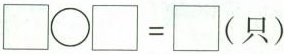
$$\Box \bigcirc \Box = \Box$$（只）